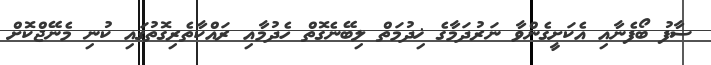
ސާފު ބޯފެނާއި އެކަށީގެންވާ ނަރުދަމާގެ ޚިދުމަތް ލިބޭނެގޮތް ހެދުމާއި ރައްކާތެރިގޮތުގައި ކުނި މެނޭޖްކޮށް